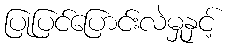
ပြုပြင်ပြောင်းလဲမှုနှင့်